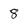
Character: 8